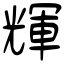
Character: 輝